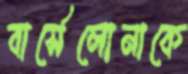
বার্সেলোনাকে